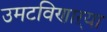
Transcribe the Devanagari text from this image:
उमटविणाऱ्या